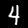
Label: 4